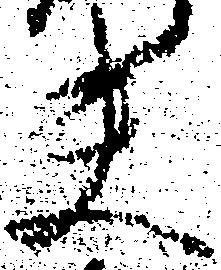
夫